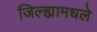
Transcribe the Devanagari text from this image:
जिल्ह्यामधले